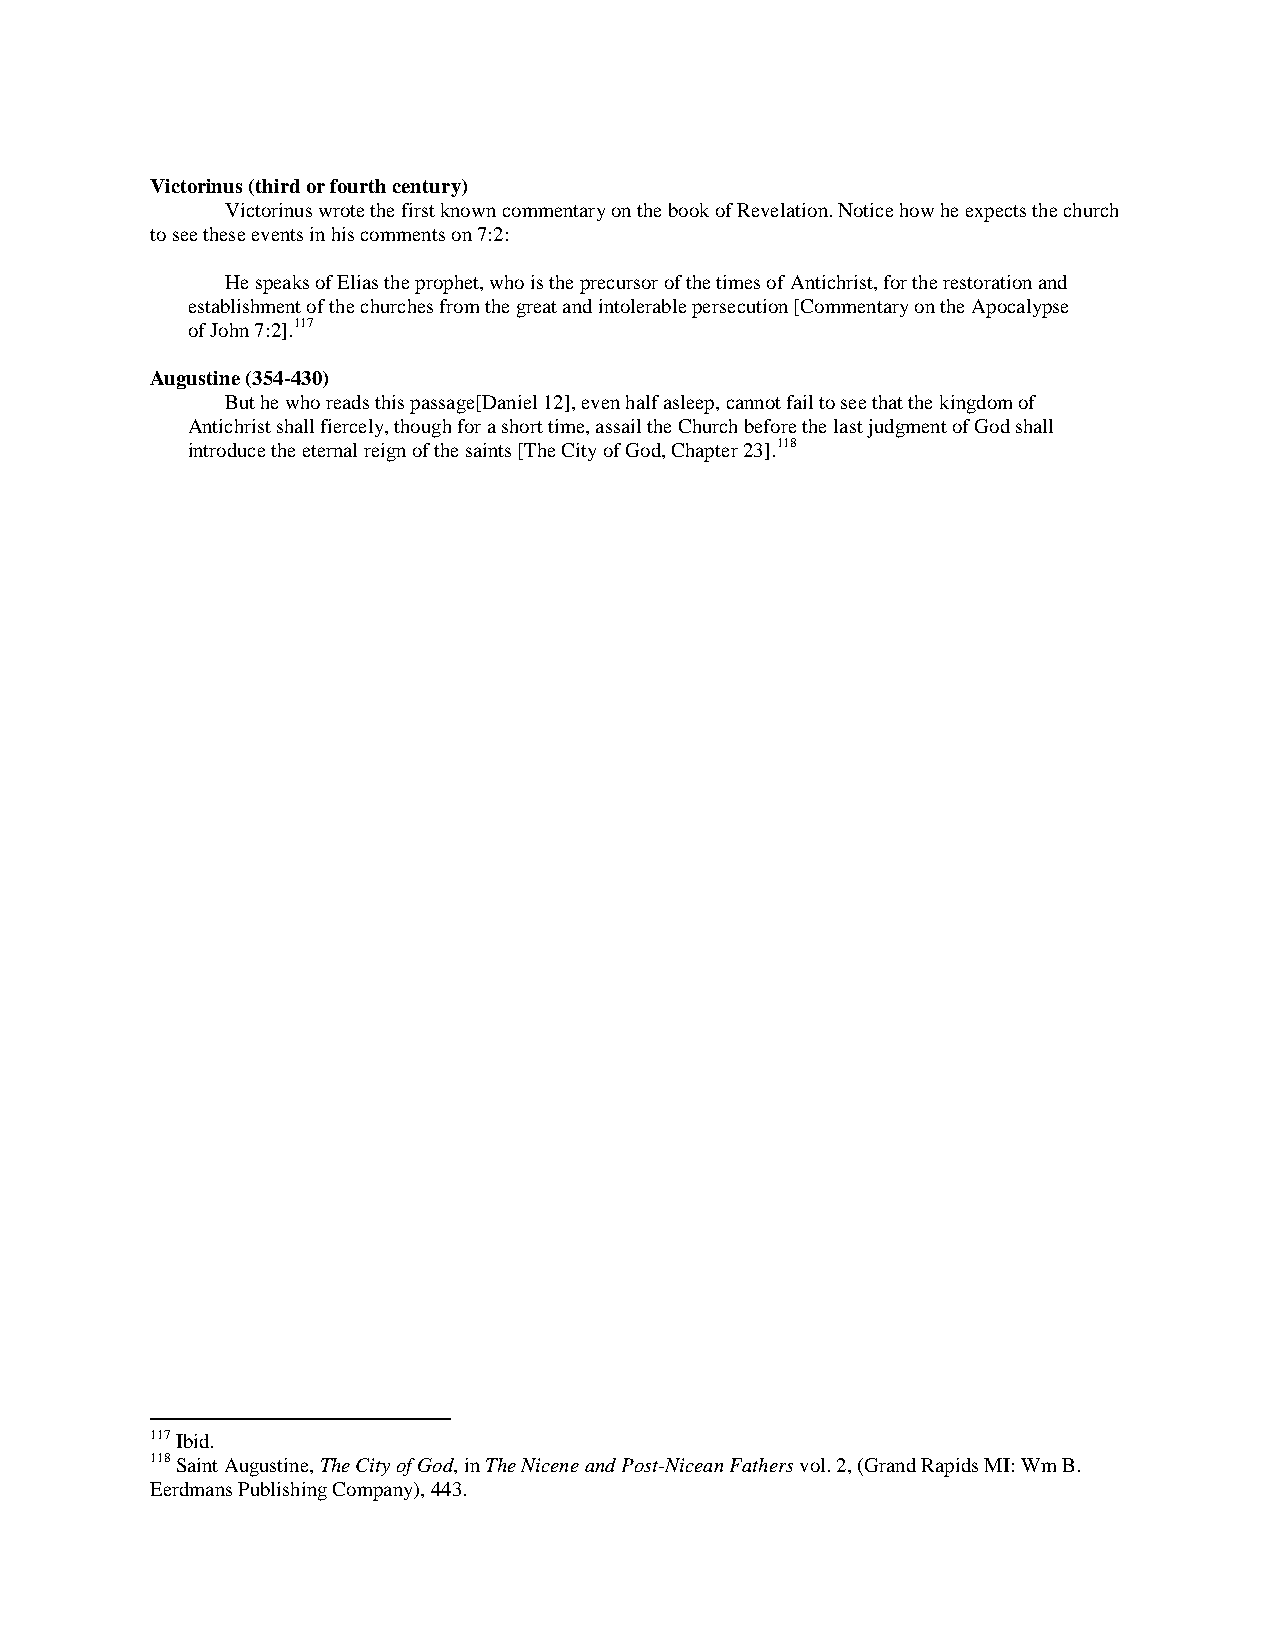
Victorinus (third or fourth century)
 Victorinus wrote the first known commentary on the book of Revelation. Notice how he expects the church
 to see these events in his comments on 7:2:
 He speaks of Elias the prophet, who is the precursor of the times of Antichrist, for the restoration and
 establishment of the churches from the great and intolerable persecution [Commentary on the Apocalypse
 of John 7:2].117
 Augustine (354-430)
 But he who reads this passage[Daniel 12], even half asleep, cannot fail to see that the kingdom of
 Antichrist shall fiercely, though for a short time, assail the Church before the last judgment of God shall
 introduce the eternal reign of the saints [The City of God, Chapter 23].118
 117 Ibid.
 118 Saint Augustine, The City of God, in The Nicene and Post-Nicean Fathers vol. 2, (Grand Rapids MI: Wm B.
 Eerdmans Publishing Company), 443.